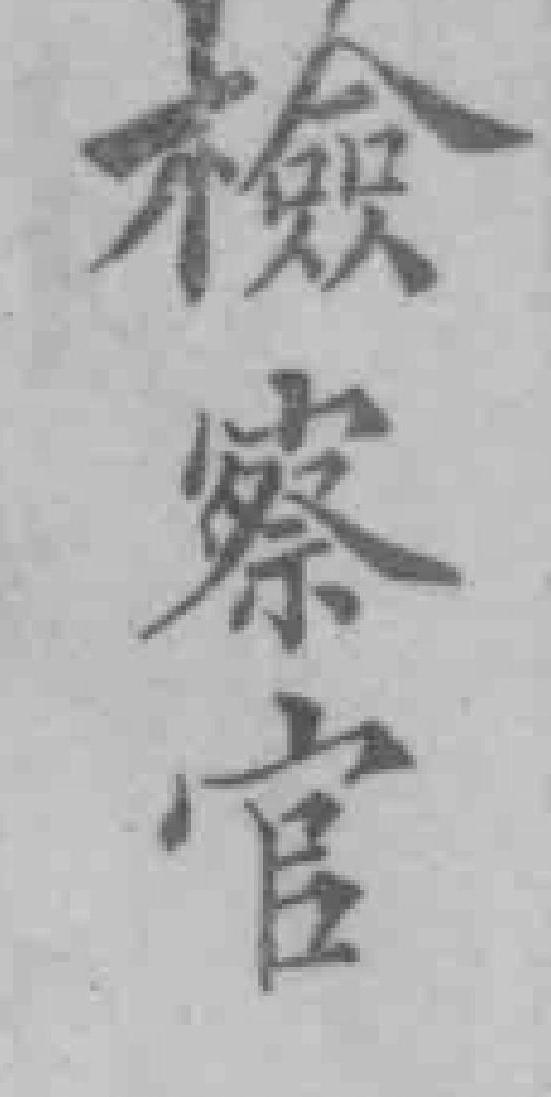
檢察官